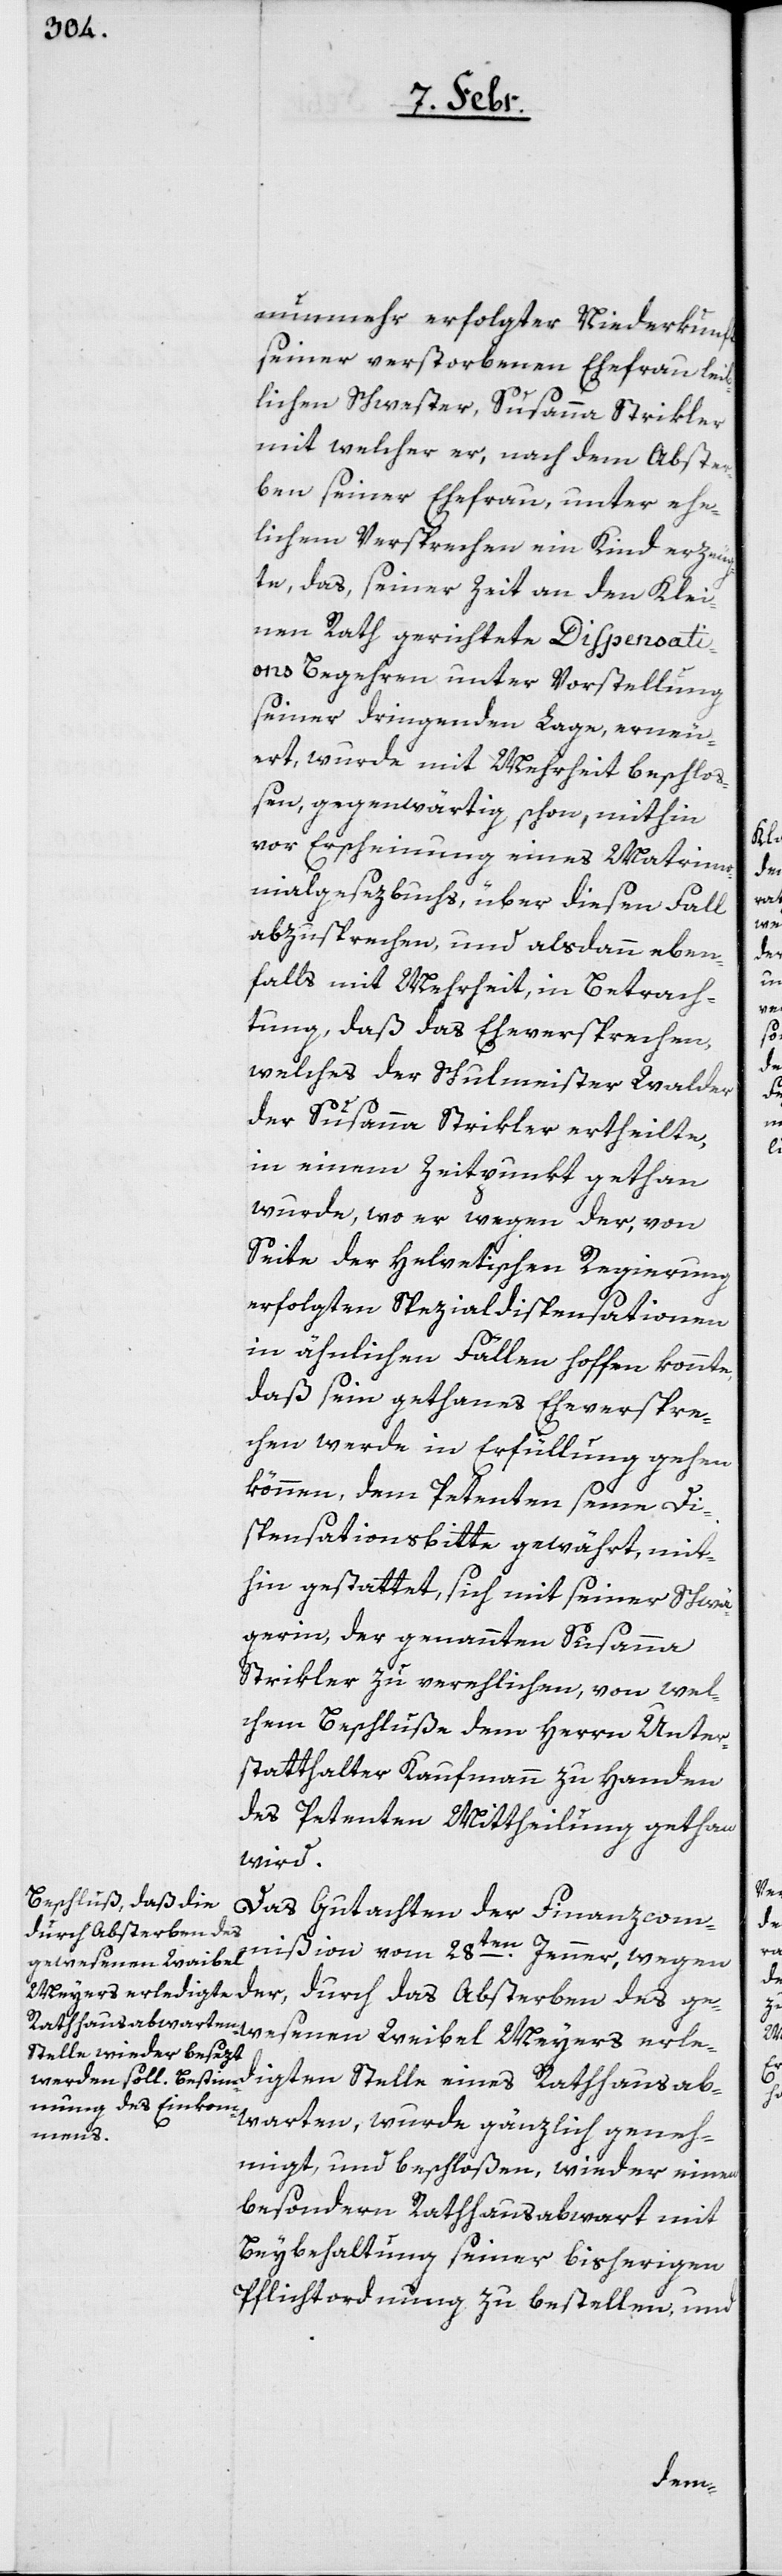
nunmehr erfolgter Niederkunft
seiner verstorbenen Ehefrau lei¬
blichen Schwester, Susanna Strikler,
mit welcher er, nach dem Abster¬
ben seiner Ehefrau, unter ehe¬
lichem Versprechen ein Kind erzeug¬
te, das, seiner Zeit an den Klei¬
nen Rath gerichtete Dispensati¬
ons-Begehren unter Vorstellung
seiner dringenden Lage, erneu¬
ert, wurde mit Mehrheit beschloß¬
en, gegenwärtig schon, mithin
vor Erscheinung eines Matrim¬
onialgesezbuchs, über diesen Fall
abzusprechen, und alsdann eben¬
falls mit Mehrheit, in Betrach¬
tung daß das Eheversprechen,
welches der Schulmeister Walder
der Susanna Strikler ertheilte,
in einem Zeitpunkt gethan
wurde, wo er wegen der, von
Seite der Helvetischen Regierung
erfolgten Spezialdispensationen
in ähnlichen Fällen hoffen konnte,
daß sein gethanes Eheverspre¬
chen werde in Erfüllung gehen
können, dem Petenten seine Di¬
spensationsbitte gewährt, mit¬
hin gestattet, sich mit seiner Schwä¬
gerin, der genannten Susanna
Strikler zu verehelichen, von wel¬
chem Beschluße dem Herrn Unter¬
statthalter Kaufmann zu Handen
des Petenten Mittheilung gethan
wird.
Das Gutachten der Finanzcom¬
mißion vom 28ten. Jenner, wegen
ewesenen Weibel
Meyers erledigten
der, durch das Absterben des g¬
bwarten, wurde gänzlich geneh¬
Rathausa¬
migt, und beschloßen, wieder einen
besondern Rathausabwart mit
Beybehaltung seiner bisherigen
Pflichtordnung zu bestellen, und